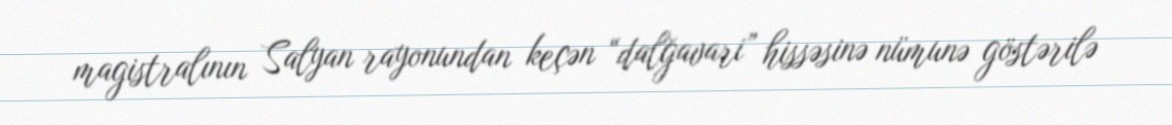
magistralının Salyan rayonundan keçən “dalğavari” hissəsinə nümunə göstərilə